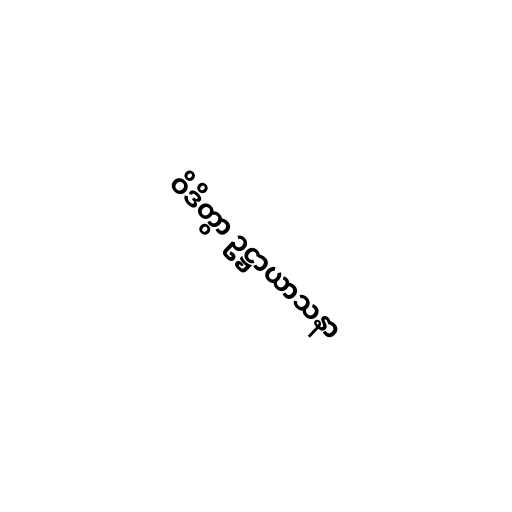
ဝိဒိတွာ ဥဋ္ဌာယာသနာ